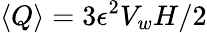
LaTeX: \left<Q\right>=3\epsilon^{2}V_{w}H/2